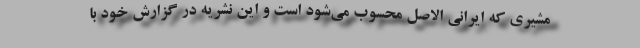
مشیری که ایرانی الاصل محسوب می‌شود است و این نشریه در گزارش خود با